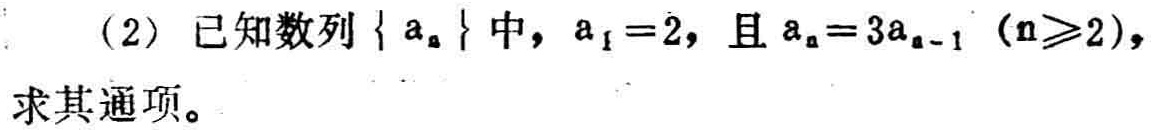
(2) 已知数列\(\{ a_{n}\}\)中，\(a_{1}=2\)，且\(a_{n}=3a_{n - 1}\ (n\geqslant2)\)，求其通项。